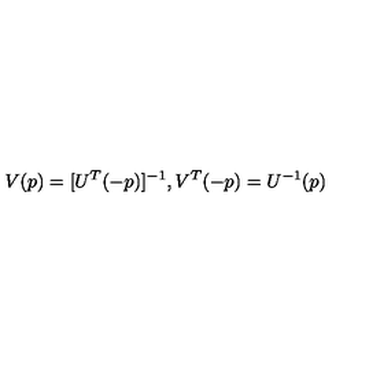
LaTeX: V ( p ) = [ U ^ { T } ( - p ) ] ^ { - 1 } , V ^ { T } ( - p ) = U ^ { - 1 } ( p )